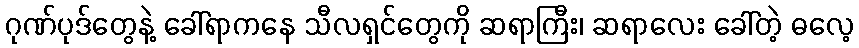
ဂုဏ်ပုဒ်တွေနဲ့ ခေါ်ရာကနေ သီလရှင်တွေကို ဆရာကြီး၊ ဆရာလေး ခေါ်တဲ့ ဓလေ့